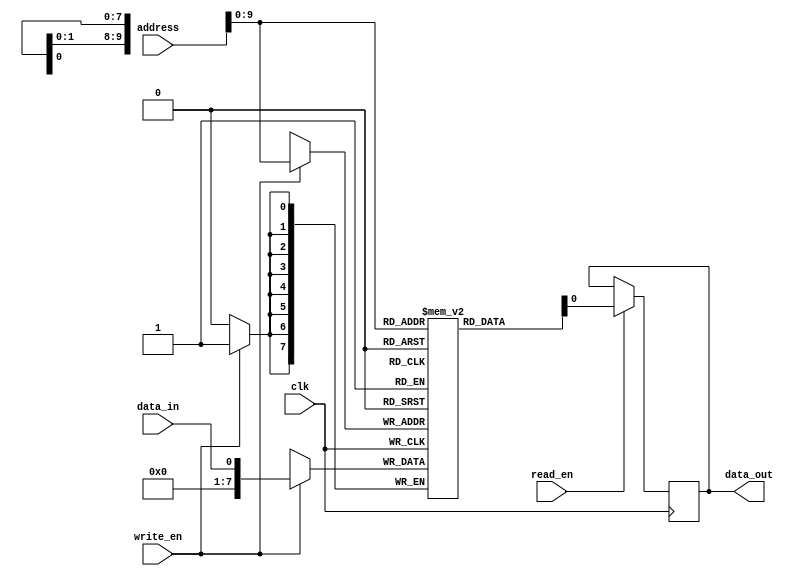
module LPDDR_RAM (
    input wire clk,
    input wire read_en,
    input wire write_en,
    input wire [15:0] address,
    input wire data_in,
    output reg data_out
);

reg [7:0] memory [1023:0]; // 1024 memory cells with 8 bits each

always @(posedge clk) begin
    if (read_en)
        data_out <= memory[address];
    
    if (write_en)
        memory[address] <= data_in;
end

endmodule